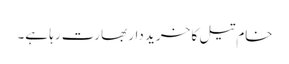
خام تیل کا خرید دار بھارت رہا ہے۔